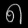
Digit: ၈